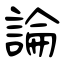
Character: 論